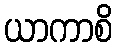
ယာကာစိ